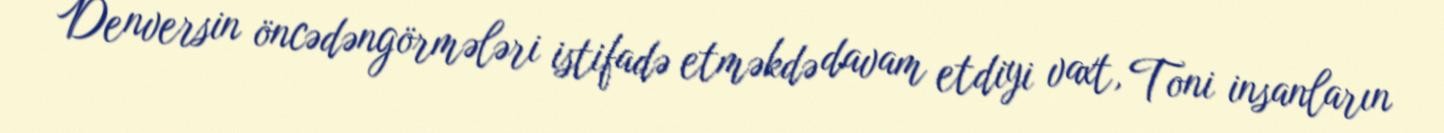
Denversin öncədəngörmələri istifadə etməkdə davam etdiyi vaxt, Toni insanların